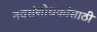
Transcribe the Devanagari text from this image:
नवसंशोधकांसाठी